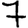
Digit: 7